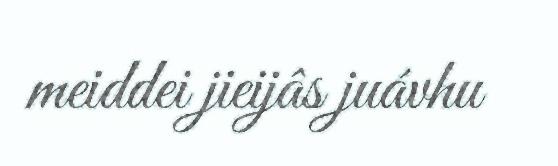
meiddei jieijâs juávhu